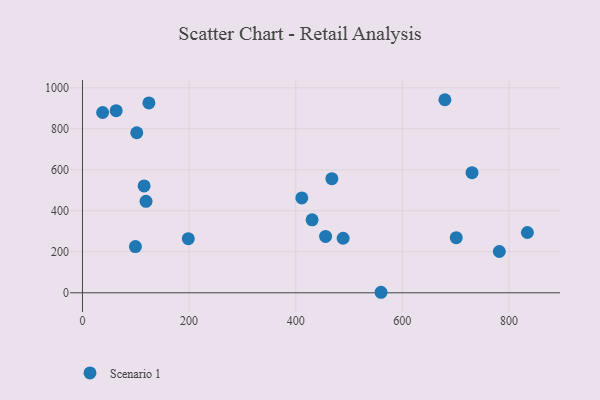
{"axis": {"x": "Distance", "y": "Yield"}, "legend": ["Scenario 1"], "data": [{"x": "37.8", "y": 879.4, "type": "Scenario 1"}, {"x": "115.6", "y": 521.5, "type": "Scenario 1"}, {"x": "411.4", "y": 462.7, "type": "Scenario 1"}, {"x": "467.8", "y": 556.9, "type": "Scenario 1"}, {"x": "701.1", "y": 268.8, "type": "Scenario 1"}, {"x": "781.9", "y": 201.5, "type": "Scenario 1"}, {"x": "99.3", "y": 225.7, "type": "Scenario 1"}, {"x": "679.8", "y": 941.8, "type": "Scenario 1"}, {"x": "119.2", "y": 446.1, "type": "Scenario 1"}, {"x": "834.5", "y": 294.1, "type": "Scenario 1"}, {"x": "430.7", "y": 356.2, "type": "Scenario 1"}, {"x": "560.0", "y": 2.6, "type": "Scenario 1"}, {"x": "124.6", "y": 926.3, "type": "Scenario 1"}, {"x": "63.2", "y": 888.3, "type": "Scenario 1"}, {"x": "456.0", "y": 274.9, "type": "Scenario 1"}, {"x": "198.5", "y": 264.1, "type": "Scenario 1"}, {"x": "730.7", "y": 586.0, "type": "Scenario 1"}, {"x": "101.8", "y": 780.8, "type": "Scenario 1"}, {"x": "488.9", "y": 266.0, "type": "Scenario 1"}]}